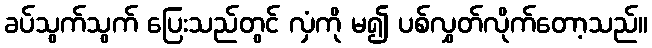
ခပ်သွက်သွက် ပြေးသည်တွင် လှံကို မ၍ ပစ်လွှတ်လိုက်တော့သည်။